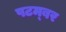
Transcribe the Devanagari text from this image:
पटम्‍बर